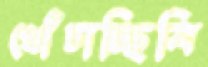
খোঁচাচ্ছিলি